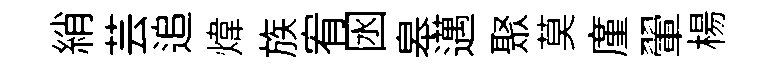
綃芸追煒族宥囦皋邁聚莫廑翬楊